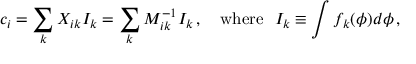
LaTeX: c _ { i } = \sum _ { k } X _ { i k } I _ { k } = \sum _ { k } M _ { i k } ^ { - 1 } I _ { k } \, , \quad \mathrm { w h e r e } ~ ~ I _ { k } \equiv \int f _ { k } ( \phi ) d \phi \, ,